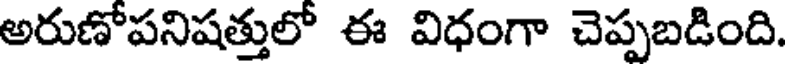
అరుణోపనిషత్తులో ఈ విధంగా చెప్పబడింది.